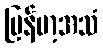
မြန်မာ့အသံ